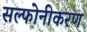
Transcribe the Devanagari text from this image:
सल्फोनीकरण